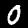
Label: 0